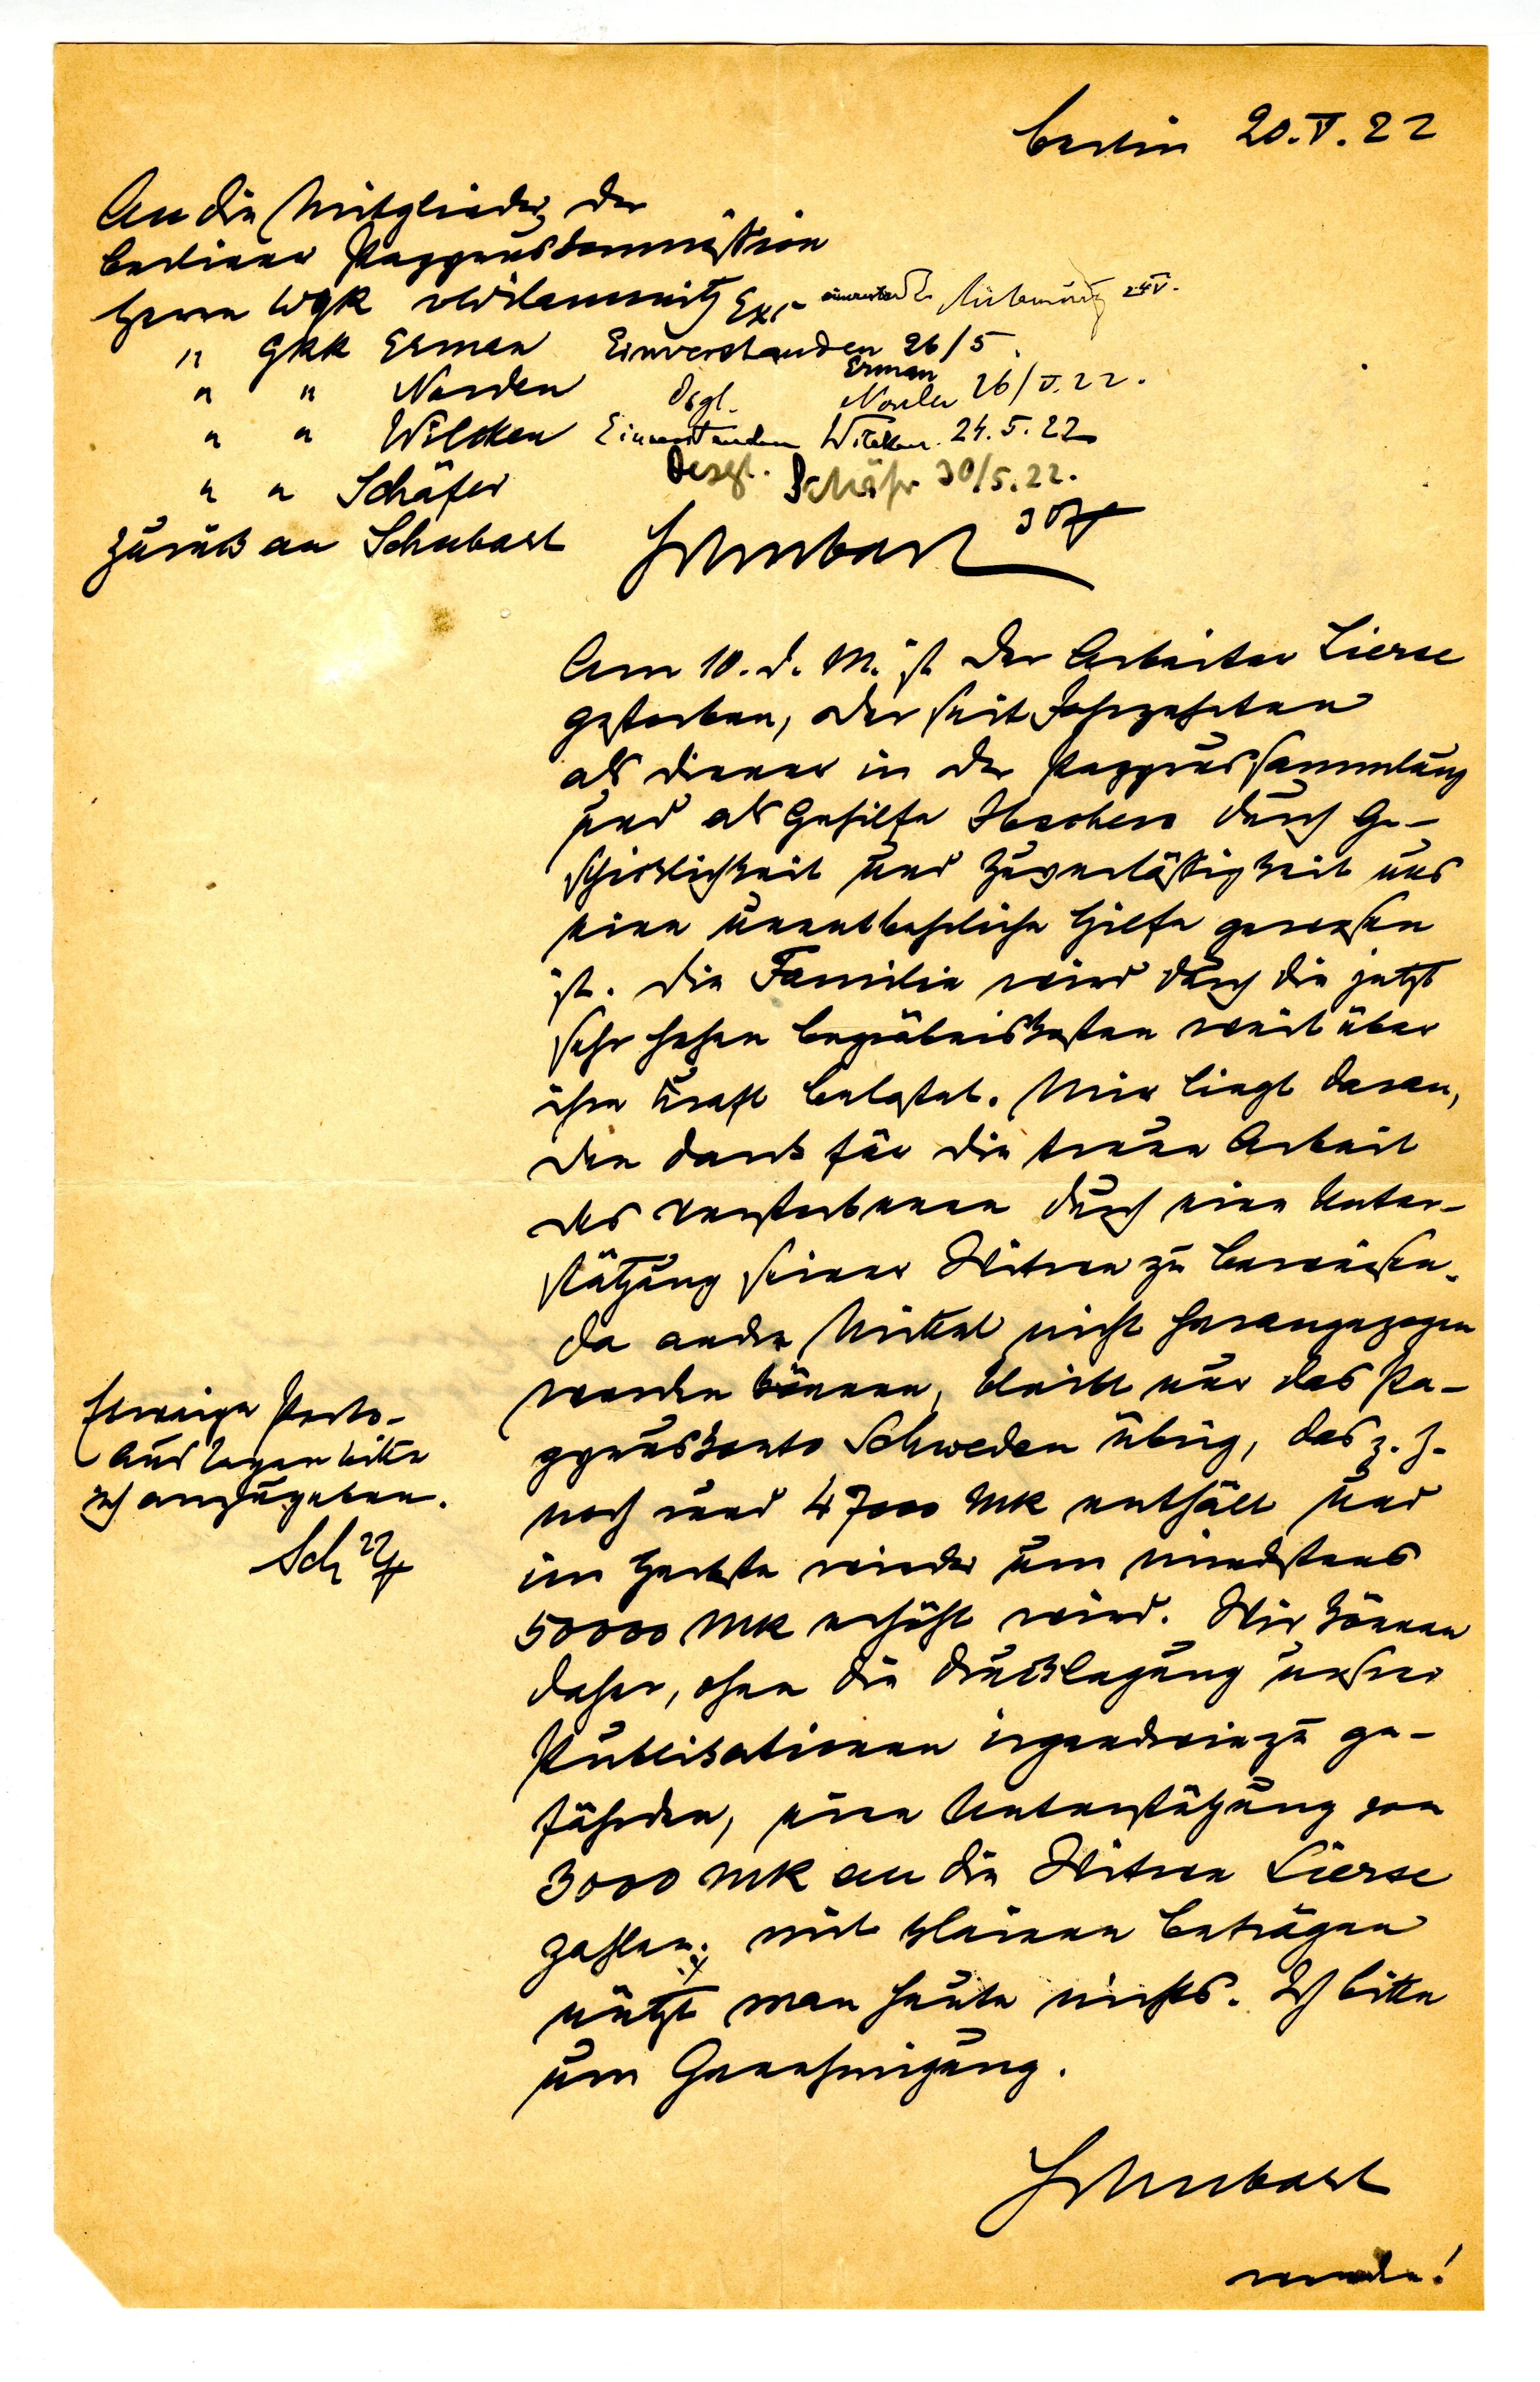
Berlin 20.V.22
An die Mitglieder der
berliner Papyruskommision

Herrn WGR Wilamowitz Exz.
"     GRR Erman

"     "   Norden
"     "   Wilken
"     "   Schäfer
zurück an Schäfer
Am 10. d. M. ist der Arbeiter Lierse
gestorben, der seit Jahrzehnten
als Diener in der Papyrussammlung
und als Gehilfe Ibschers durch Ge¬
schicklichkeit und Zuverlässigkeit uns
eine unentbehrliche Hilfe gewesen
ist. Die Familie wird durch die jetzt
sehr hohen Begräbniskosten weit über
ihre Kraft belastet. Mir liegt daran,
den Dank für die treue Arbeit
des Verstorbenen durch eine Unter¬
stützung seiner Witwe zu beweisen.
Da andre Mittel nicht herangezogen
werden können, bleibt nur das Pa¬
pyruskonto Schweden übrig, das z.Z.
noch rund 47000 MK enthält und
Sch 22/7im Herbste wieder um mindestens
50000 MK erhöht wird. Wir können
daher, ohne die Drucklegung unserer
Publikationen irgendwie zu ge¬
fährden, eine Unterstützung von
3000 MK an die Witwe Lierse
zahlen; mit kleinen Beträgen
n𴺴 man heute nichts. Ich bitte
um Genehmigung.
Schubart
wenden!

Etwaige Porto¬
auslagen bitte
ich anzugeben.
Sch 22/7